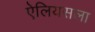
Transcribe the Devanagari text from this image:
ऐलियसला